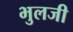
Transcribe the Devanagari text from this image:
भुलजी